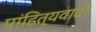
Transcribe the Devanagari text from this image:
पांडित्यवादी